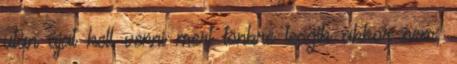
után újat kell venni mert tönkre teszik akkor nem,